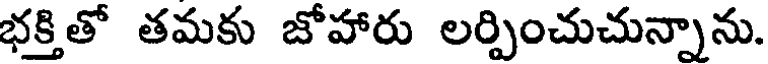
భక్తితో తమకు జోహారు లర్పించుచున్నాను.